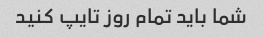
شما باید تمام روز تایپ کنید